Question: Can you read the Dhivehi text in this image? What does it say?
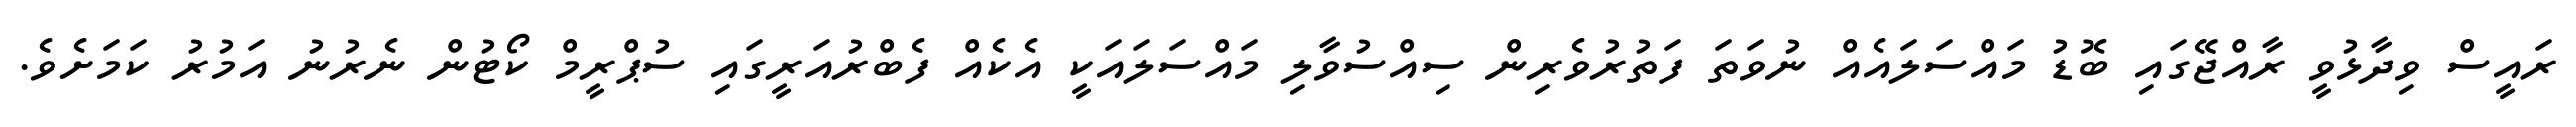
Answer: ރައީސް ވިދާޅުވީ ރާއްޖޭގައި ބޮޑު މައްސަލައެއް ނުވަތަ ފަތުރުވެރިން ސިއްސުވާލި މައްސަލައަކީ އެކެއް ފެބްރުއަރީގައި ސުޕްރީމް ކޯޓުން ނެރުނު އަމުރު ކަމަށެވެ.